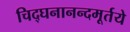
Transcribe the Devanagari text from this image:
चिद्घनानन्दमूर्तये